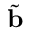
\tilde { \mathbf { b } }